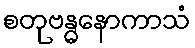
စတုဗန္ဓနောကာသံ